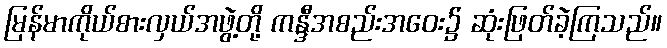
မြန်မာကိုယ်စားလှယ်အဖွဲ့တို့ ကန္ဒီအစည်းအဝေး၌ ဆုံးဖြတ်ခဲ့ကြသည်။